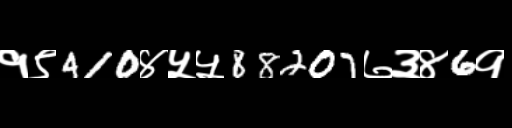
Text: १९410४५५88207७३४6१